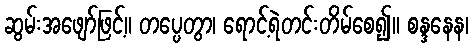
ဆွမ်းအဖျော်ဖြင့်။ တပ္ပေတွာ၊ ရောင့်ရဲတင်းတိမ်စေ၍။ စန္ဒနေန၊